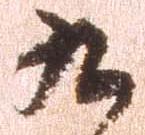
九